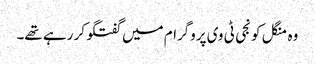
وہ منگل کو نجی ٹی وی پروگرام میں گفتگو کر رہے تھے۔